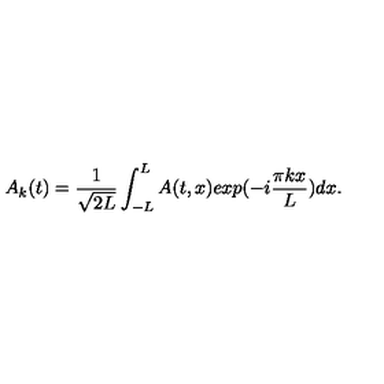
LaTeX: A _ { k } ( t ) = { \frac { 1 } { \sqrt { 2 L } } } \int _ { - L } ^ { L } A ( t , x ) e x p ( - i { \frac { \pi k x } { L } } ) d x .